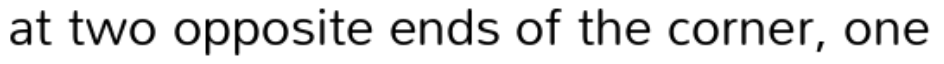
at two opposite ends of the corner, one